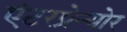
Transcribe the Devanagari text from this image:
एंटरप्रेन्योर